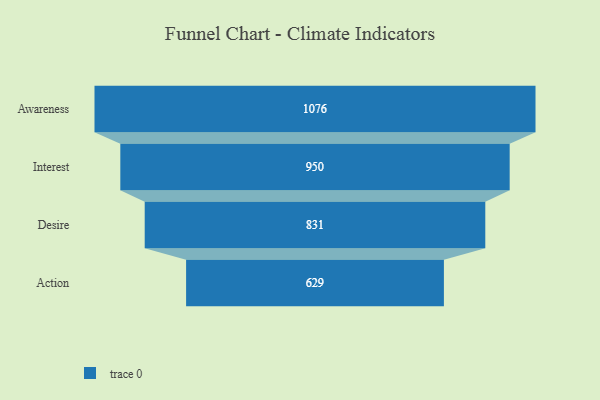
{"axis": {"x": "Stage", "y": "Value"}, "legend": [""], "data": [{"x": "Awareness", "y": 1076.0, "type": ""}, {"x": "Interest", "y": 950.0, "type": ""}, {"x": "Desire", "y": 831.0, "type": ""}, {"x": "Action", "y": 629.0, "type": ""}]}